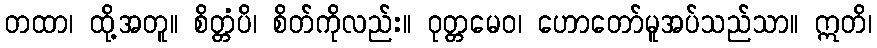
တထာ၊ ထို့အတူ။ စိတ္တံပိ၊ စိတ်ကိုလည်း။ ဝုတ္တမေဝ၊ ဟောတော်မူအပ်သည်သာ။ ဣတိ၊